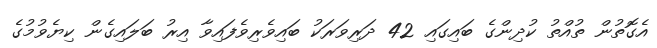
އެގޮތުން ތުއްތު ކުދިންގެ ބައިގައި 42 ދަރިވަރަކު ބައިވެރިވެފައިވާ އިރު ބަލައިގެން ކިޔެވުމުގެ